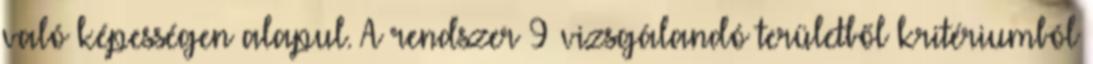
való képességen alapul. A rendszer 9 vizsgálandó területből kritériumból